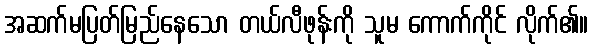
အဆက်မပြတ်မြည်နေသော တယ်လီဖုန်းကို သူမ ကောက်ကိုင် လိုက်၏။